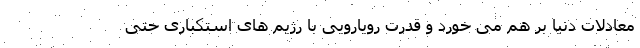
معادلات دنیا بر هم می خورد و قدرت رویارویی با رژیم های استکباری حتی